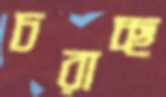
চরাচ্ছ